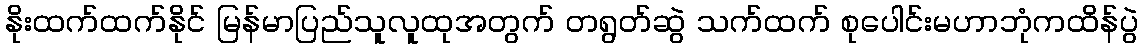
နိုးထက်ထက်နိုင် မြန်မာပြည်သူလူထုအတွက် တရွတ်ဆွဲ သက်ထက် စုပေါင်းမဟာဘုံကထိန်ပွဲ